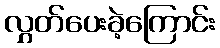
လွှတ်ပေးခဲ့ကြောင်း